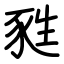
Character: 甤